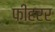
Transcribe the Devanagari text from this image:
फीहरर